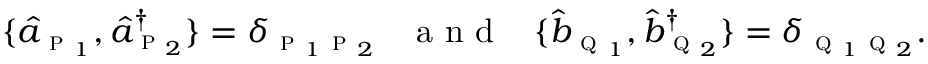
\{ \hat { a } _ { \textsc { p } _ { 1 } } , \hat { a } _ { \textsc { p } _ { 2 } } ^ { \dagger } \} = \delta _ { \textsc { p } _ { 1 } \textsc { p } _ { 2 } } \; \; \; \mathrm { ~ a ~ n ~ d ~ } \; \; \; \{ \hat { b } _ { \textsc { q } _ { 1 } } , \hat { b } _ { \textsc { q } _ { 2 } } ^ { \dagger } \} = \delta _ { \textsc { q } _ { 1 } \textsc { q } _ { 2 } } .